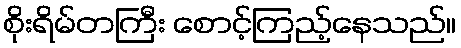
စိုးရိမ်တကြီး စောင့်ကြည့်နေသည်။